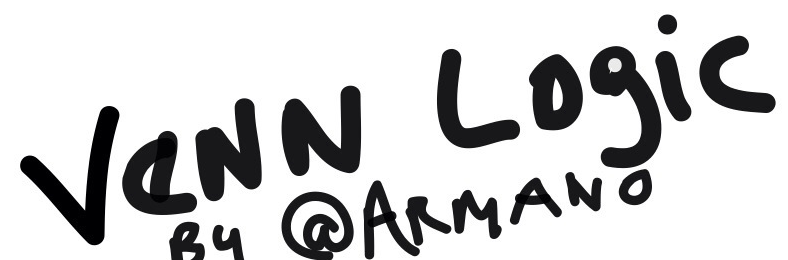
VeNN Logic